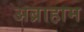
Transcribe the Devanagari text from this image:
अब्राहाम